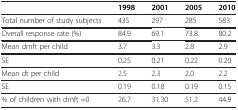
|  | 1998 | 2001 | 2005 | 2010 |
 | --- | --- | --- | --- | --- |
 | Total number of study subjects | 435 | 297 | 285 | 583 |
 | Overall response rate (%) | 84.9 | 69.1 | 73.8 | 80.2 |
 | Mean dmft per child | 3.7 | 3.3 | 2.8 | 2.9 |
 | SE | 0.25 | 0.21 | 0.22 | 0.20 |
 | Mean dt per child | 2.5 | 2.3 | 2.0 | 2.2 |
 | SE | 0.19 | 0.18 | 0.19 | 0.15 |
 | % of children with dmft =0 | 26.7 | 31.30 | 51.2 | 44.9 |